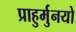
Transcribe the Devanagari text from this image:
प्राहुर्मुनयो